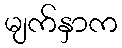
မျက်နှာက